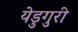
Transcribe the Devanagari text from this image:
येडुगुरी